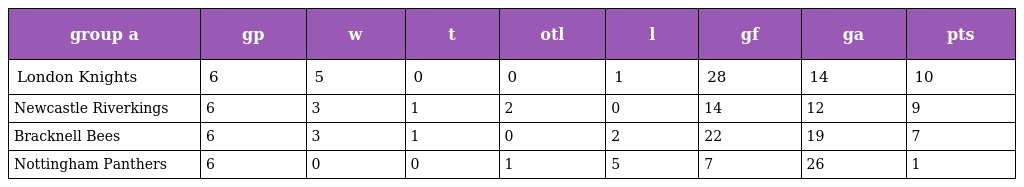
| group a | gp | w | t | otl | l | gf | ga | pts |
 | --- | --- | --- | --- | --- | --- | --- | --- | --- |
 | London Knights | 6 | 5 | 0 | 0 | 1 | 28 | 14 | 10 |
 | Newcastle Riverkings | 6 | 3 | 1 | 2 | 0 | 14 | 12 | 9 |
 | Bracknell Bees | 6 | 3 | 1 | 0 | 2 | 22 | 19 | 7 |
 | Nottingham Panthers | 6 | 0 | 0 | 1 | 5 | 7 | 26 | 1 |